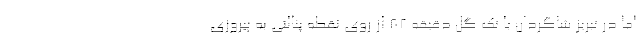
اما در تبریز شاگردان با تک گل دقیقه 82 از روی نقطه پنالتی به پیروزی